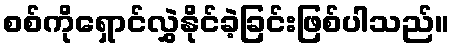
စစ်ကိုရှောင်လွှဲနိုင်ခဲ့ခြင်းဖြစ်ပါသည်။